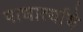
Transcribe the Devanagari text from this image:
पाधार्त्यांचे